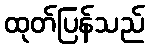
ထုတ်ပြန်သည်